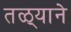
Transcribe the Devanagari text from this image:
तळ्याने